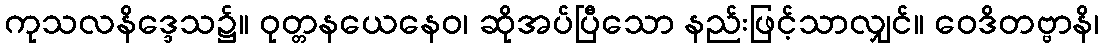
ကုသလနိဒ္ဒေသ၌။ ဝုတ္တနယေနေဝ၊ ဆိုအပ်ပြီသော နည်းဖြင့်သာလျှင်။ ဝေဒိတဗ္ဗာနိ၊